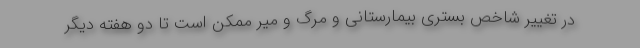
در تغییر شاخص بستری بیمارستانی و مرگ و میر ممکن است تا دو هفته دیگر